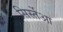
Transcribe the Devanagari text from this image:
सिर्स्तेआ